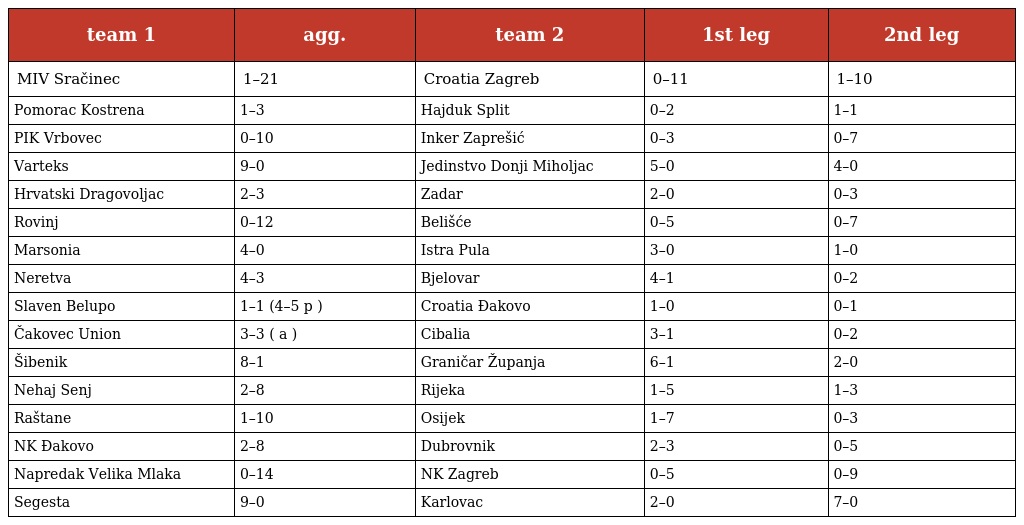
| team 1 | agg. | team 2 | 1st leg | 2nd leg |
 | --- | --- | --- | --- | --- |
 | MIV Sračinec | 1–21 | Croatia Zagreb | 0–11 | 1–10 |
 | Pomorac Kostrena | 1–3 | Hajduk Split | 0–2 | 1–1 |
 | PIK Vrbovec | 0–10 | Inker Zaprešić | 0–3 | 0–7 |
 | Varteks | 9–0 | Jedinstvo Donji Miholjac | 5–0 | 4–0 |
 | Hrvatski Dragovoljac | 2–3 | Zadar | 2–0 | 0–3 |
 | Rovinj | 0–12 | Belišće | 0–5 | 0–7 |
 | Marsonia | 4–0 | Istra Pula | 3–0 | 1–0 |
 | Neretva | 4–3 | Bjelovar | 4–1 | 0–2 |
 | Slaven Belupo | 1–1 (4–5 p ) | Croatia Đakovo | 1–0 | 0–1 |
 | Čakovec Union | 3–3 ( a ) | Cibalia | 3–1 | 0–2 |
 | Šibenik | 8–1 | Graničar Županja | 6–1 | 2–0 |
 | Nehaj Senj | 2–8 | Rijeka | 1–5 | 1–3 |
 | Raštane | 1–10 | Osijek | 1–7 | 0–3 |
 | NK Đakovo | 2–8 | Dubrovnik | 2–3 | 0–5 |
 | Napredak Velika Mlaka | 0–14 | NK Zagreb | 0–5 | 0–9 |
 | Segesta | 9–0 | Karlovac | 2–0 | 7–0 |